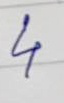
4